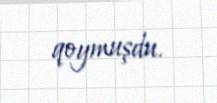
qoymuşdu.